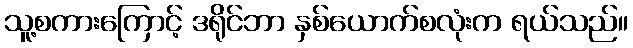
သူ့စကားကြောင့် ဒရိုင်ဘာ နှစ်ယောက်စလုံးက ရယ်သည်။